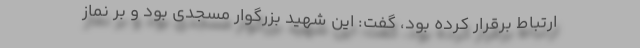
ارتباط برقرار کرده بود، گفت: این شهید بزرگوار مسجدی بود و بر نماز